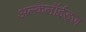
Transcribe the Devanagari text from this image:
अल्कलॉईड्‌ज